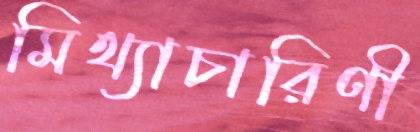
মিথ্যাচারিণী